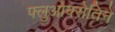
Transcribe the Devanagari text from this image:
फ्लुओक्सेतिने